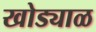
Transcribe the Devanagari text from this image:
खोड्याळ